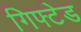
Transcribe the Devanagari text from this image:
गिफ्टेड